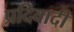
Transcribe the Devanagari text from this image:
प्रदिवादी